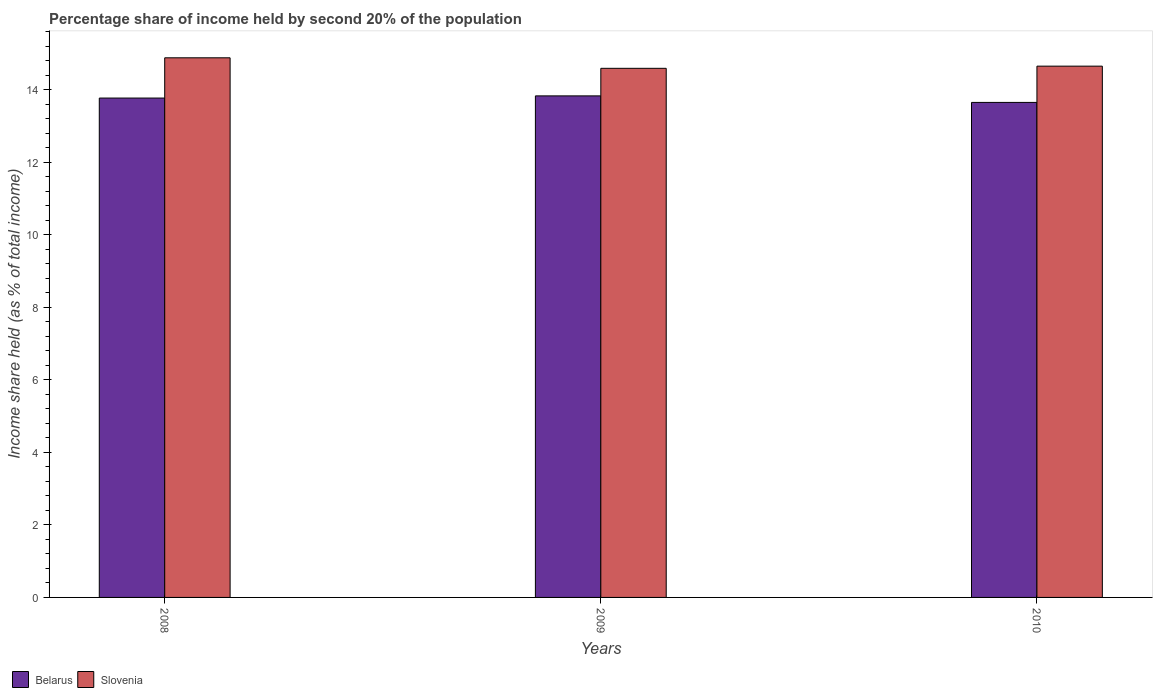
| Years | Belarus | Slovenia |
 | --- | --- | --- |
 | 2008 | 13.8 | 14.9 |
 | 2009 | 13.8 | 14.6 |
 | 2010 | 13.7 | 14.7 |